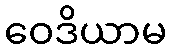
ဝေဒိယာမ